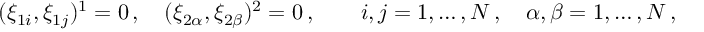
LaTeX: ( \xi _ { 1 i } , \xi _ { 1 j } ) ^ { 1 } = 0 \, , \quad ( \xi _ { 2 \alpha } , \xi _ { 2 \beta } ) ^ { 2 } = 0 \, , \qquad i , j = 1 , \ldots , N \, , \quad \alpha , \beta = 1 , \ldots , N \, ,